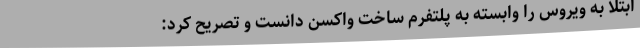
ابتلا به ویروس را وابسته به پلتفرم ساخت واکسن دانست و تصریح کرد: